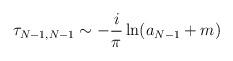
LaTeX: \begin{align*}\tau_{N-1,N-1} \sim - {i \over \pi} \ln ( a_{N-1} + m)\end{align*}